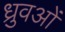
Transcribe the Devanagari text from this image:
ध्रुवओं